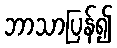
ဘာသာပြန်၍